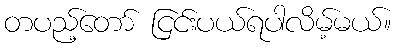
တပည့်တော် ငြင်းပယ်ရပါလိမ့်မယ်။